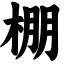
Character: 棚